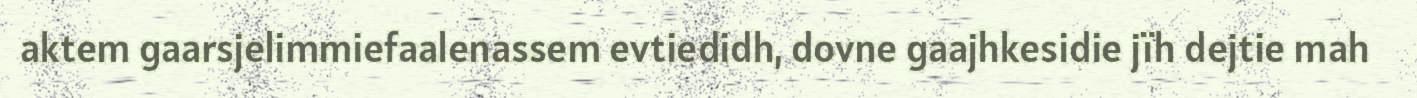
aktem gaarsjelimmiefaalenassem evtiedidh, dovne gaajhkesidie jïh dejtie mah